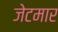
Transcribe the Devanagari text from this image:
जेटमार